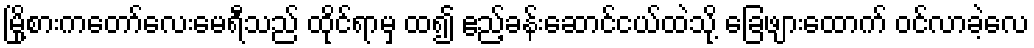
မြို့စားကတော်လေးမေရီသည် ထိုင်ရာမှ ထ၍ ဧည့်ခန်းဆောင်ငယ်ထဲသို့ ခြေဖျားထောက် ဝင်လာခဲ့လေ